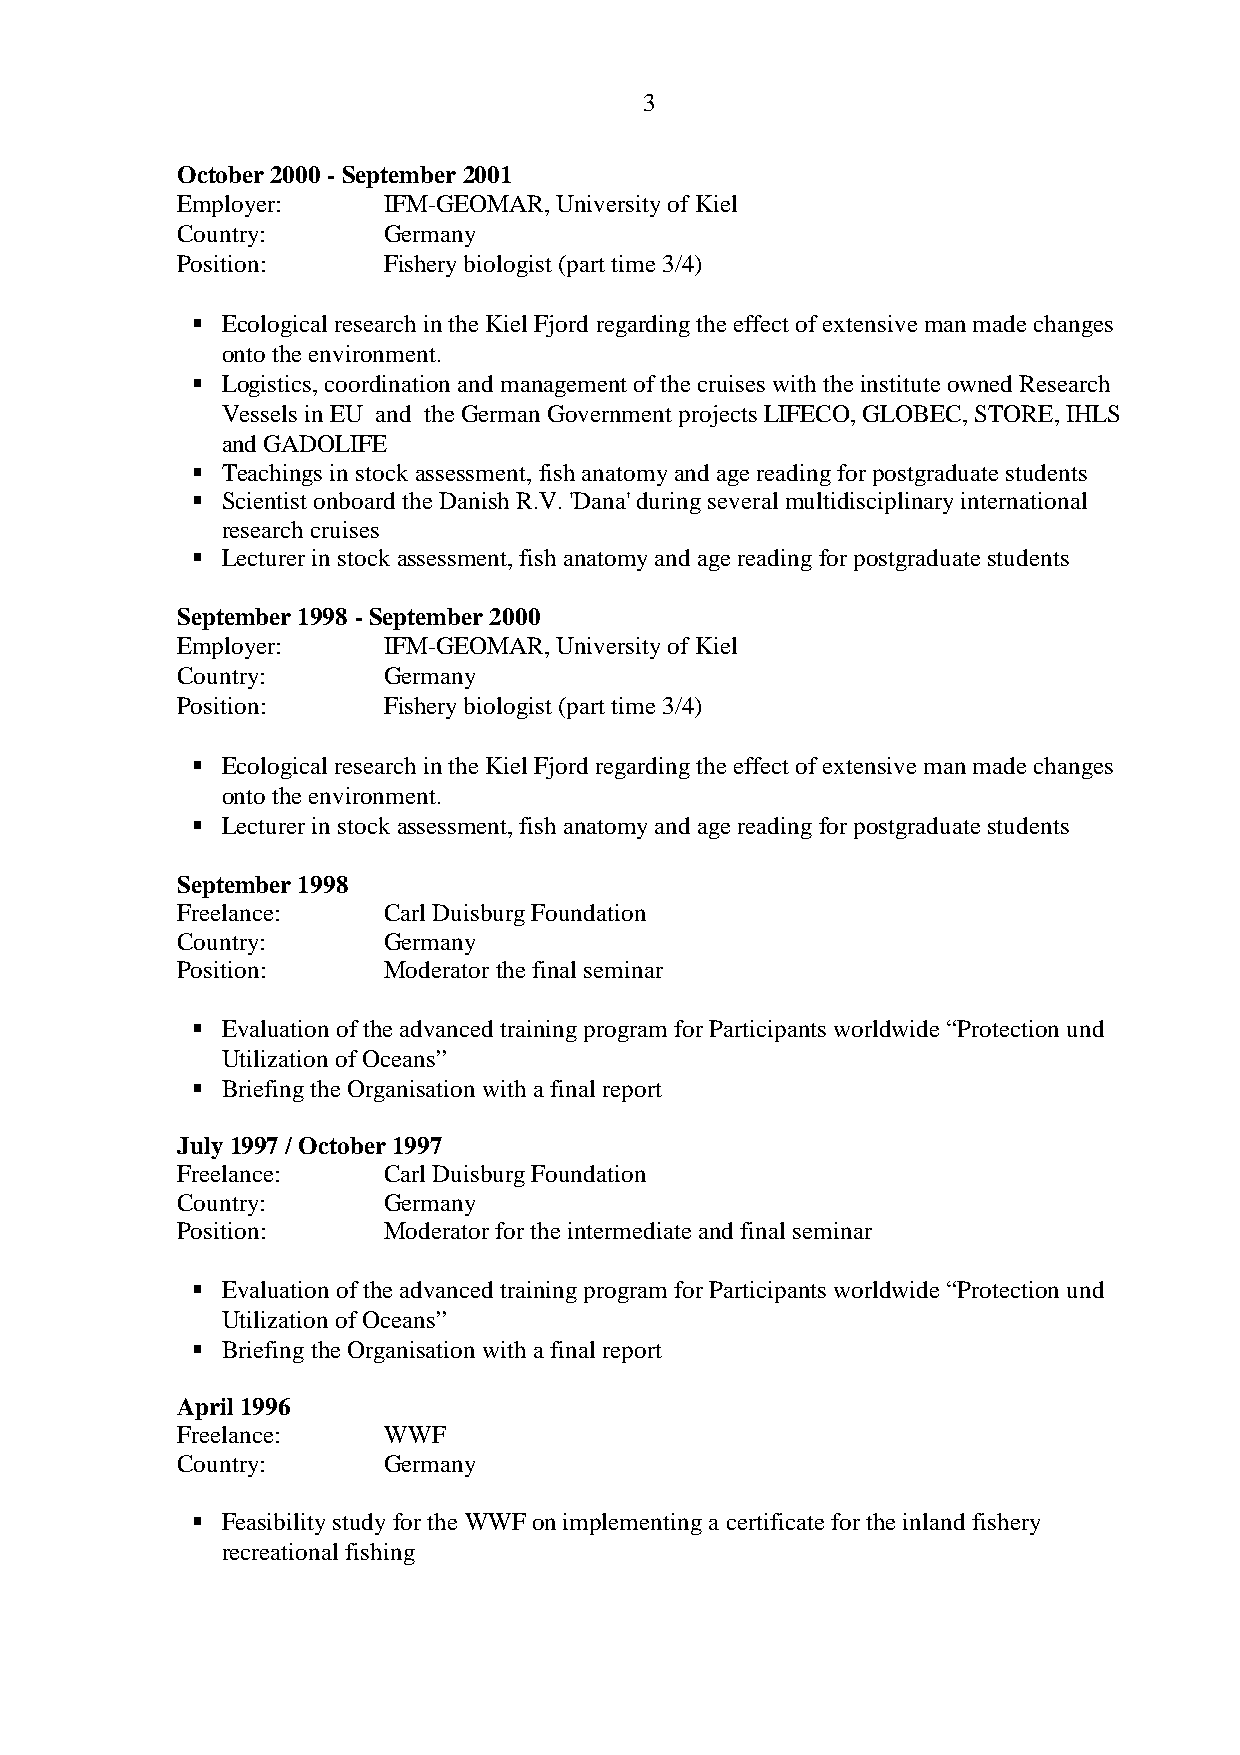
3
 October 2000 - September 2001
 Employer:    IFM-GEOMAR, University of Kiel
 Country:     Germany
 Position:    Fishery biologist (part time 3/4)
  Ecological research in the Kiel Fjord regarding the effect of extensive man made changes
 onto the environment.
  Logistics, coordination and management of the cruises with the institute owned Research
 Vessels in EU and the German Government projects LIFECO, GLOBEC, STORE, IHLS
 and GADOLIFE
  Teachings in stock assessment, fish anatomy and age reading for postgraduate students
  Scientist onboard the Danish R.V. 'Dana' during several multidisciplinary international
 research cruises
  Lecturer in stock assessment, fish anatomy and age reading for postgraduate students
 September 1998 - September 2000
 Employer:    IFM-GEOMAR, University of Kiel
 Country:     Germany
 Position:    Fishery biologist (part time 3/4)
  Ecological research in the Kiel Fjord regarding the effect of extensive man made changes
 onto the environment.
  Lecturer in stock assessment, fish anatomy and age reading for postgraduate students
 September 1998
 Freelance:   Carl Duisburg Foundation
 Country:     Germany
 Position:    Moderator the final seminar
  Evaluation of the advanced training program for Participants worldwide “Protection und
 Utilization of Oceans”
  Briefing the Organisation with a final report
 July 1997 / October 1997
 Freelance:   Carl Duisburg Foundation
 Country:     Germany
 Position:    Moderator for the intermediate and final seminar
  Evaluation of the advanced training program for Participants worldwide “Protection und
 Utilization of Oceans”
  Briefing the Organisation with a final report
 April 1996
 Freelance:   WWF
 Country:     Germany
  Feasibility study for the WWF on implementing a certificate for the inland fishery
 recreational fishing